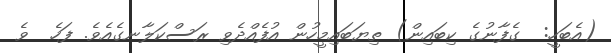
(އެބަހީ:  ގެފާނުގެ ކިބައިން) ތިޔަބައިމީހުން އުފެއްދެވި ރަސްކަލާނގެއެވެ. ފަހެ  ވެ